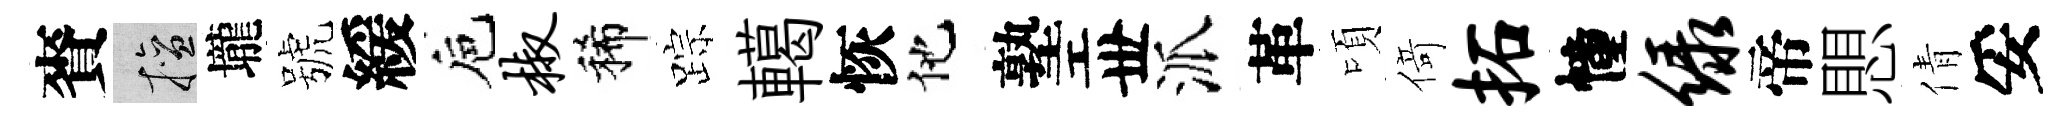
賚擅壠號緩巵椒稀踪轕恢他塾丗派革頃𠋣拓幢绿帝愳倩妥